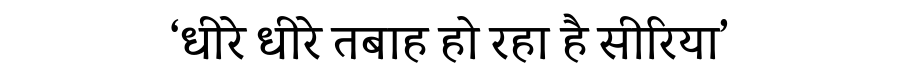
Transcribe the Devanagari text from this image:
‘धीरे धीरे तबाह हो रहा है सीरिया’